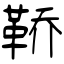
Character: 鞒